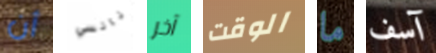
أن نانسي آخر الوقت ما آسف